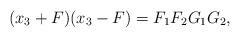
LaTeX: \begin{align*}(x_3+F )(x_3-F)=F_1F_2G_1G_2,\end{align*}